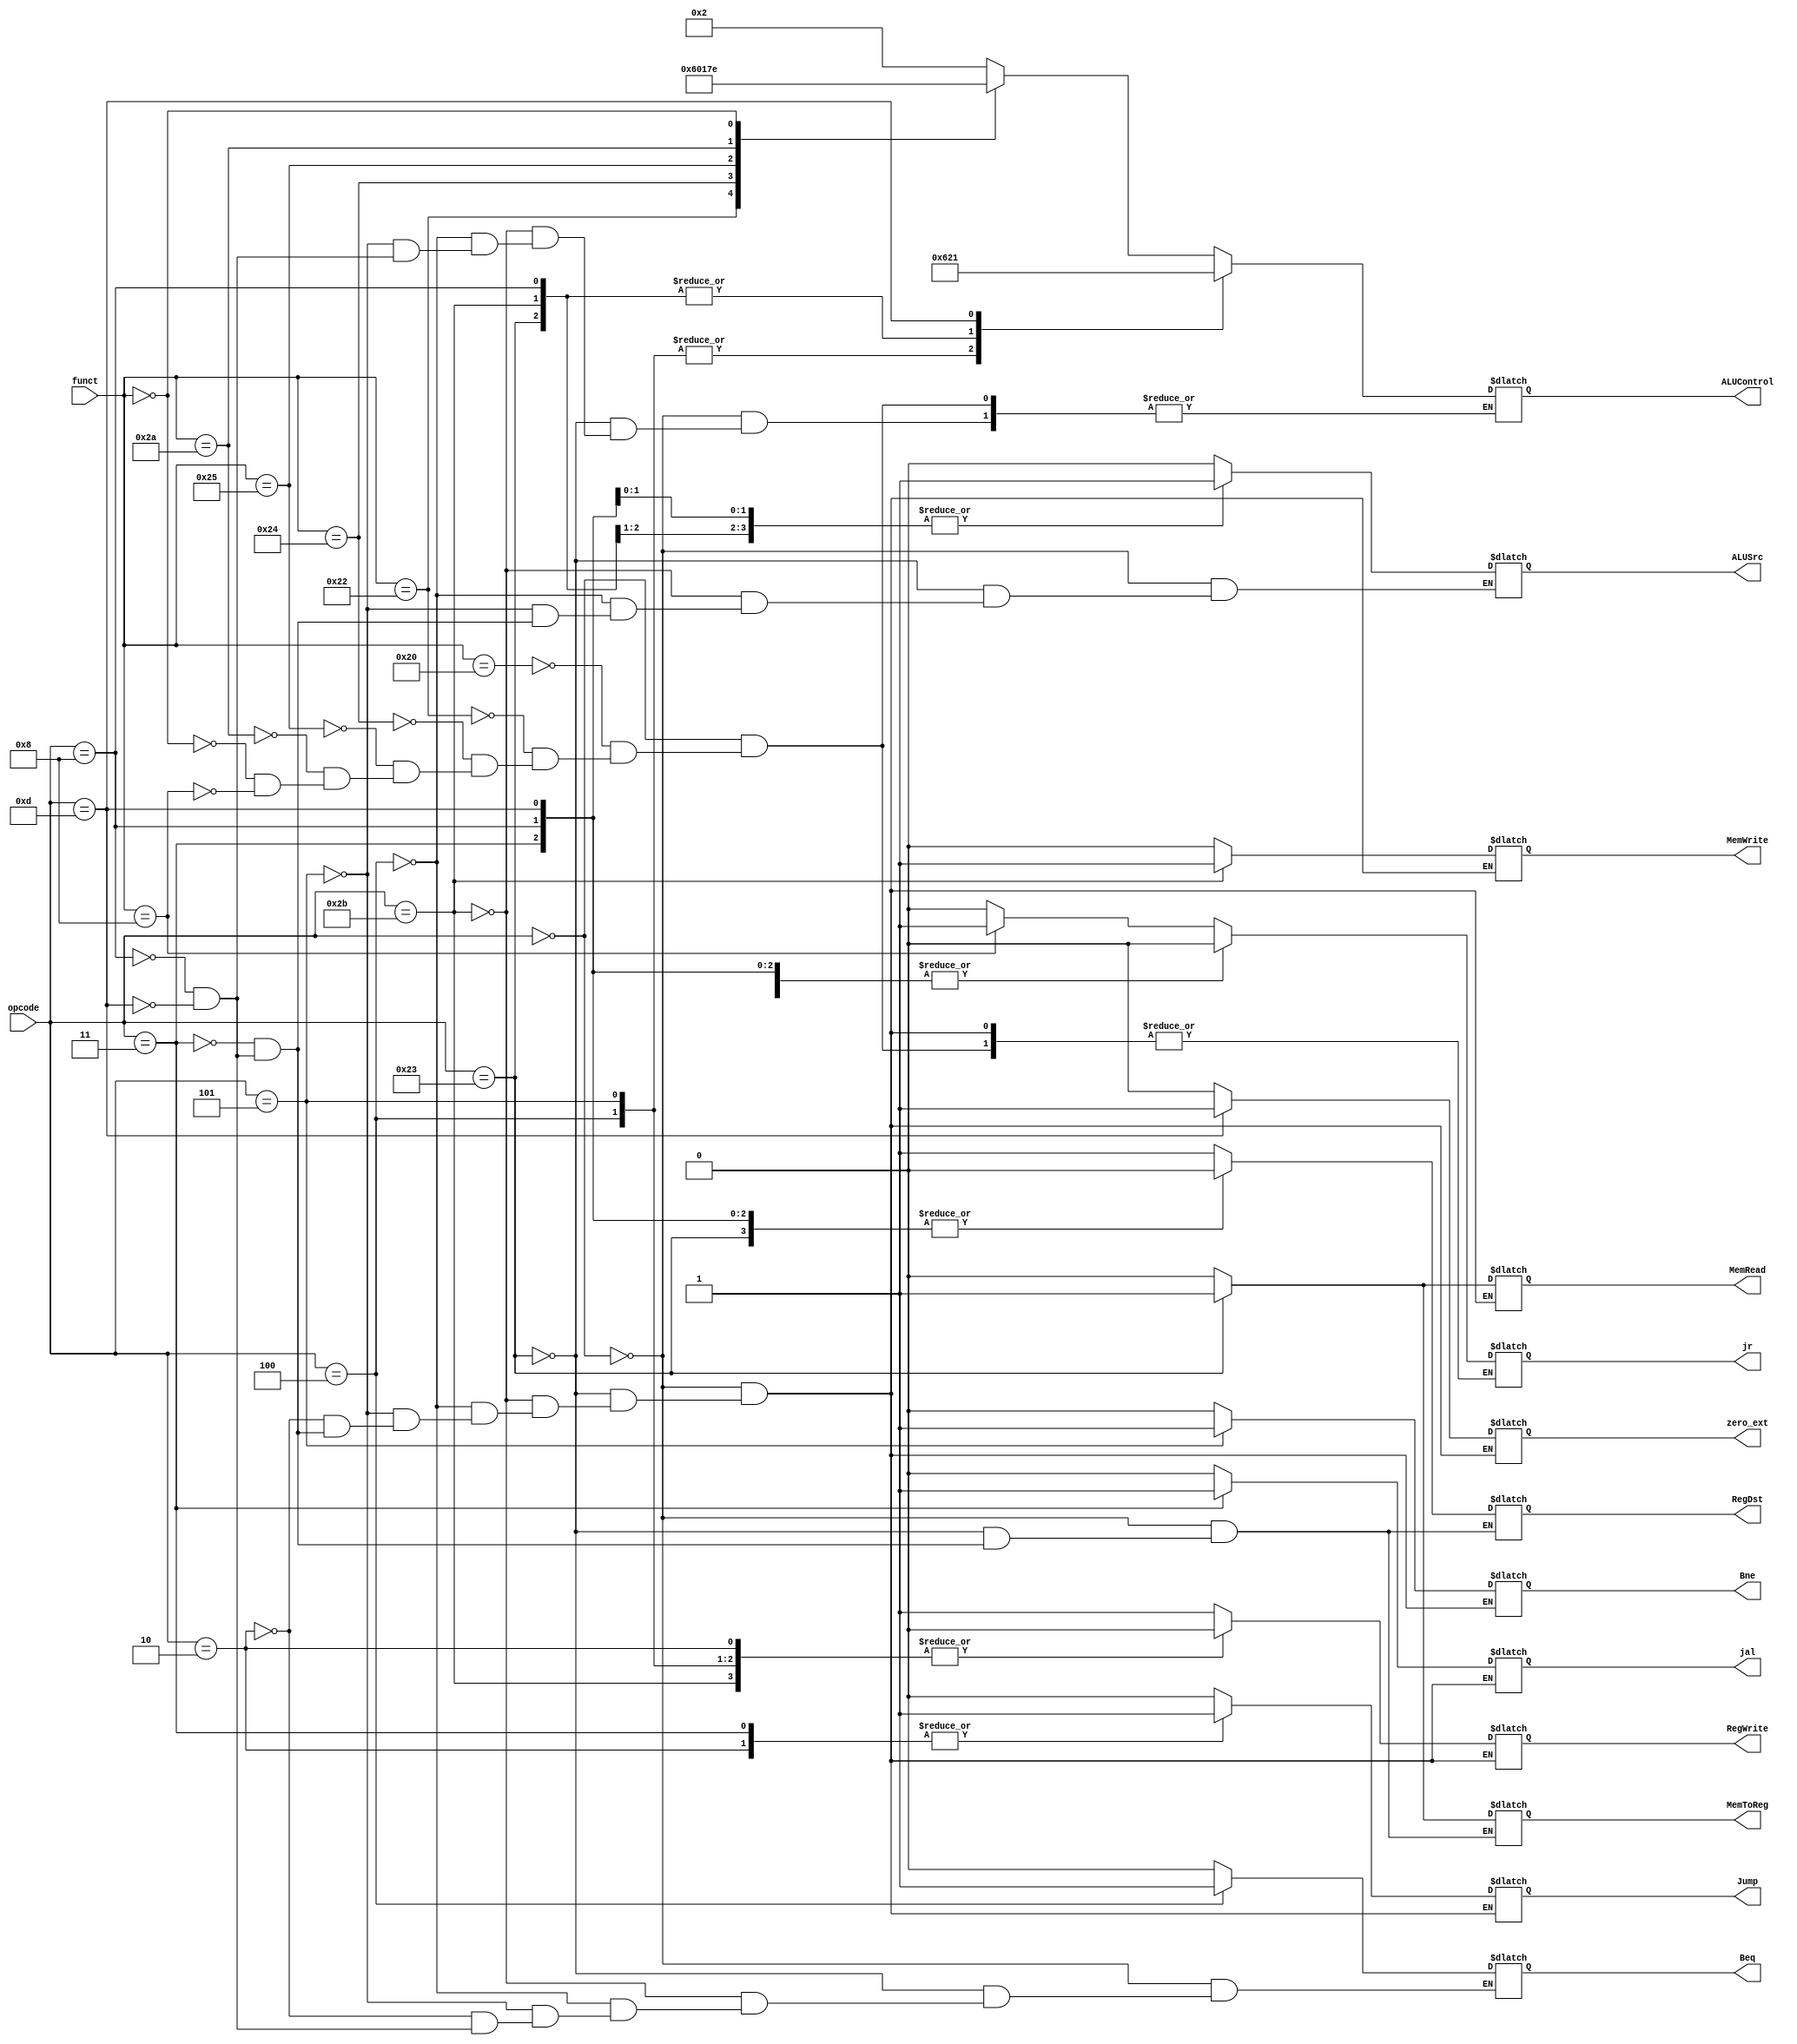
module Control(ALUControl,opcode, funct, ALUSrc, RegDst, MemWrite, MemRead, Beq, Bne, Jump, MemToReg, RegWrite,jr,jal,zero_ext );
  input [5:0] opcode, funct;
  output reg ALUSrc, RegDst, MemWrite, MemRead, Beq, Bne, Jump, MemToReg,RegWrite ,jr,jal,zero_ext;
  output reg [3:0] ALUControl;

  always @(*) begin
    case (opcode)
    // R-type
    'b 000000: begin
      ALUSrc <= 0;
      RegDst <= 1;
      MemWrite <= 0;
      MemRead <= 0;
      Beq <= 0;
      Bne <= 0;
      Jump <= 0;
      MemToReg <= 0;
      RegWrite <= 1;
      zero_ext<=0;
	jal<=0;
      case (funct)
      // ADD
      'b 100000: begin
	ALUControl <= 'b 0010;
	jr<=0;
	end
      // SUB
      'b 100010: begin 
	ALUControl <= 'b 0110;
	jr<=0;
	end
      // AND
      'b 100100: begin 
	ALUControl <= 'b 0000;
	jr<=0;
	end
      // OR
      'b 100101: begin 
	ALUControl <= 'b 0001;
	jr<=0;
	end
      // SLT
      'b 101010: begin 
	ALUControl <= 'b 0111;
	jr<=0;
	end
      // sLL
      'b 000000: begin
	ALUControl <= 'b 1110;
	jr<=0;
	end
	// jr
	'd 8:begin
	ALUControl <= 'b xxxx;
	jr <= 1;
	end
      endcase
    end

    // lw
    'b 100011: begin
      ALUSrc <= 1;
      RegDst <= 0;
      MemWrite <= 0;
      MemRead <= 1;
      Beq <= 0;
      Bne <= 0;
      Jump <= 0;
      MemToReg <= 1;
      RegWrite <= 1;
jal<=0;
zero_ext<=0;
jr<=0;
      // ADD
      ALUControl <= 'b 0010;
    end

    // sw
    'b 101011: begin
      ALUSrc <= 1;
      MemWrite <= 1;
      MemRead <= 0;
      Beq <= 0;
      Bne <= 0;
      Jump <= 0;
      RegWrite <= 0;
jal<=0;
zero_ext<=0;
jr<=0;
      // ADD
      ALUControl <= 'b 0010;
    end

    // beq
    'b 000100: begin
      ALUSrc <= 0;
      MemWrite <= 0;
      MemRead <= 0;
      Beq <= 1;
      Bne <= 0;
      Jump <= 0;
jal<=0;
      RegWrite <= 0;
zero_ext<=0;
jr<=0;
      // SUB
      ALUControl <= 'b 0110;
    end

    // bne
    'b 000101: begin
      ALUSrc <= 0;
      MemWrite <= 0;
      MemRead <= 0;
      Beq <= 0;
      Bne <= 1;
      Jump <= 0;
      RegWrite <= 0;
jal<=0;
zero_ext<=0;
jr<=0;
      // SUB
      ALUControl <= 'b 0110;
    end

    // Jump
    'b 000010: begin
      MemWrite <= 0;
      MemRead <= 0;
      Beq <= 0;
      Bne <= 0;
      Jump <= 1;
      RegWrite <= 0;
jal<=0;
zero_ext<=0;
jr<=0;
    end
	//jal
   
	6'b000011 : begin
	RegDst <= 1'b0;
	Jump <=1;
	Bne<=1'b0;
	MemToReg<=1'b0;
	MemWrite<=0;
	ALUSrc<=1'b0;
	RegWrite<=1;
	jal<=1;
        MemRead <= 0;
zero_ext<=0;
jr<=0;
    end
	
    // addi
    'b 001000: begin
      ALUSrc <= 1;
      RegDst <= 0;
      MemWrite <= 0;
      MemRead <= 0;
      Beq <= 0;
      Bne <= 0;
      Jump <= 0;
      MemToReg <= 0;
      RegWrite <= 1;
	jal<=0;
	jr<=0;
zero_ext<=0;
      // ADD
      ALUControl <= 'b 0010;
    end
   //ori 
    'b 001101 : begin
    ALUSrc <= 1;
    RegDst <= 0;
    MemWrite <= 0;
    MemRead <= 0;
    Beq <= 0;
    Bne <= 0;
    Jump <= 0;
    MemToReg <= 0;
    RegWrite <= 1;
jal<=0;
    zero_ext<=1;
	jr<=0;
    // or
    ALUControl <='b 0001;
    end
    endcase
  end
endmodule